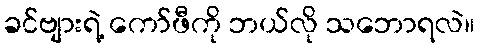
ခင်ဗျားရဲ့ ကော်ဖီကို ဘယ်လို သဘောရလဲ။